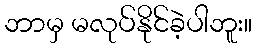
ဘာမှ မလုပ်နိုင်ခဲ့ပါဘူး။